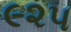
૯૨૫